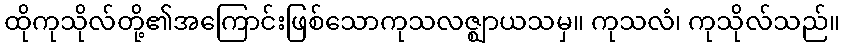
ထိုကုသိုလ်တို့၏အကြောင်းဖြစ်သောကုသလဇ္ဈာယသမှ။ ကုသလံ၊ ကုသိုလ်သည်။